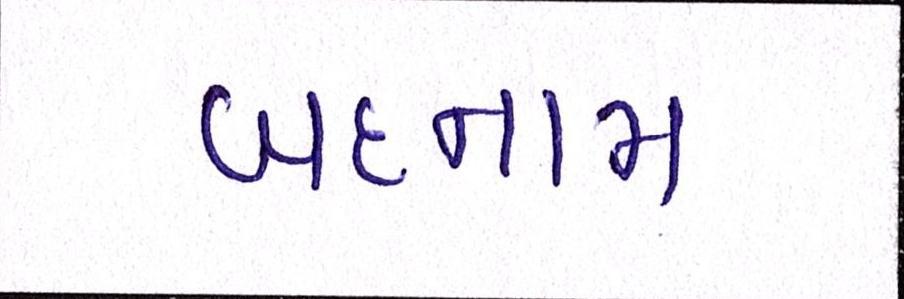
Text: બદનામ